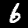
Label: 6